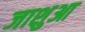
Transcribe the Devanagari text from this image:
जाशुआ